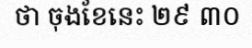
ថា ចុងខែនេះ ២៩ ៣០